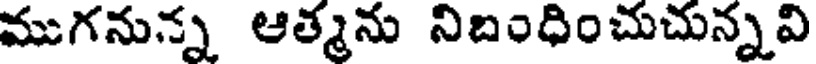
ముగనున్న ఆత్మను నిబంధించుచున్నవి